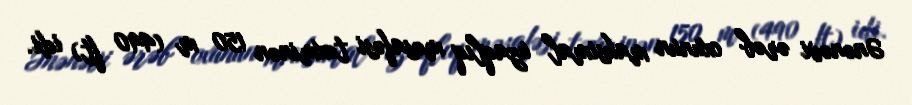
Ənənəvi ərəb oxunun maksimal uzaqlıq məsafəsi təxminən 150 m (490 ft) idi.